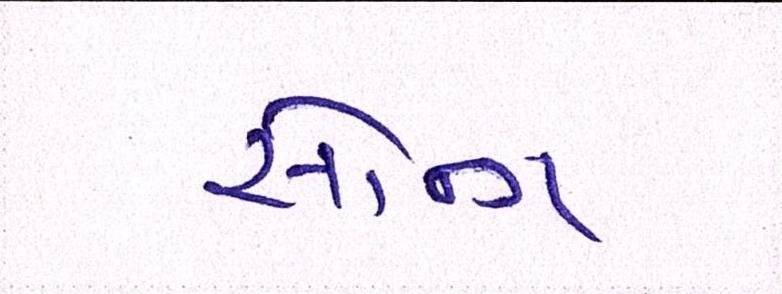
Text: સૉન્ગ